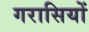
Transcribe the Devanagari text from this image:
गरासियों